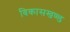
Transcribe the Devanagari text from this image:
विकासखण्‍ड